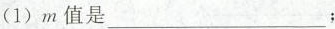
(1)m值是__ ；